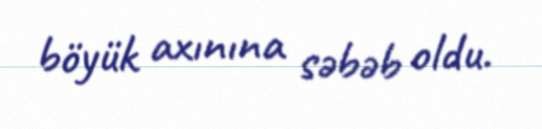
böyük axınına səbəb oldu.